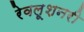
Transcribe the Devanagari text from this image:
रेवलूशनरी